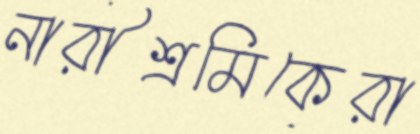
নারীশ্রমিকেরা